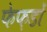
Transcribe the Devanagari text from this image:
फेफ़डों